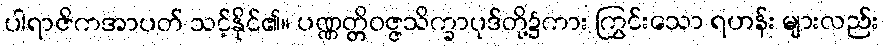
ပါရာဇိကအာပတ် သင့်နိုင်၏။ ပဏ္ဏတ္တိဝဇ္ဇသိက္ခာပုဒ်တို့၌ကား ကြွင်းသော ရဟန်း များလည်း